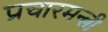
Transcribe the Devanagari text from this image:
प्रचारमन्त्री